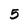
Character: 5